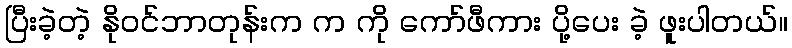
ပြီးခဲ့တဲ့ နိုဝင်ဘာတုန်းက က ကို ကော်ဖီကား ပို့ပေး ခဲ့ ဖူးပါတယ်။